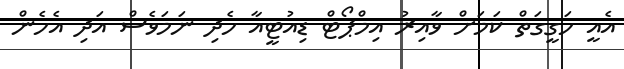
އެއީ ހަގީގަތް ކަމަށް ވާއިރު އިމްޕޯޓް ޑިއުޓީއާ ހެދި ނަމަވެސް އަދި އެހެން